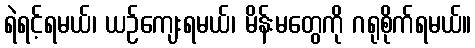
ရဲရင့်ရမယ်၊ ယဉ်ကျေးရမယ်၊ မိန်းမတွေကို ဂရုစိုက်ရမယ်။